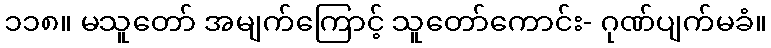
၁၁၈။ မသူတော် အမျက်ကြောင့် သူတော်ကောင်း- ဂုဏ်ပျက်မခံ။